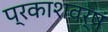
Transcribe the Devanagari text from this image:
प्रकाशवर्षं